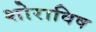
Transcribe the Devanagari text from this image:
शोराविष